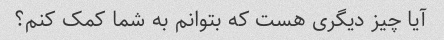
آیا چیز دیگری هست که بتوانم به شما کمک کنم؟